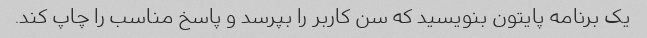
یک برنامه پایتون بنویسید که سن کاربر را بپرسد و پاسخ مناسب را چاپ کند.